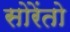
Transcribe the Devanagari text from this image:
सोरेंतो